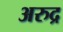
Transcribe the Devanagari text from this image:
अरुद्र